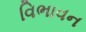
વિભાવન